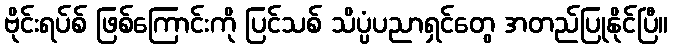
ဗိုင်းရပ်စ် ဖြစ်ကြောင်းကို ပြင်သစ် သိပ္ပံပညာရှင်တွေ အတည်ပြုနိုင်ပြီ။